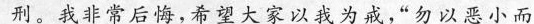
刑。我非常后悔，希望大家以我为戒，”勿以恶小而